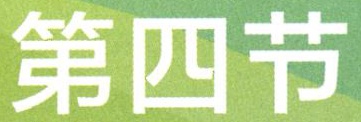
第四节